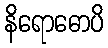
နိရောဓောပိ